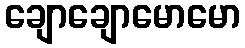
ချောချောမောမော